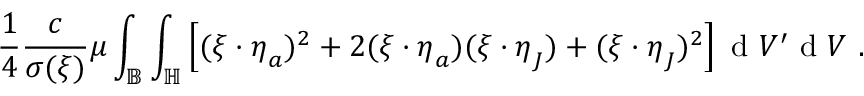
\frac { 1 } { 4 } \frac { c } { \sigma ( \boldsymbol { \xi } ) } \mu \int _ { \mathbb { B } } \int _ { \mathbb { H } } \left[ ( \boldsymbol { \xi } \cdot \boldsymbol { \eta } _ { a } ) ^ { 2 } + 2 ( \boldsymbol { \xi } \cdot \boldsymbol { \eta } _ { a } ) ( \boldsymbol { \xi } \cdot \boldsymbol { \eta } _ { J } ) + ( \boldsymbol { \xi } \cdot \boldsymbol { \eta } _ { J } ) ^ { 2 } \right] \textup { d } V ^ { \prime } \textup { d } V \ .